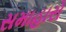
સમાહારો